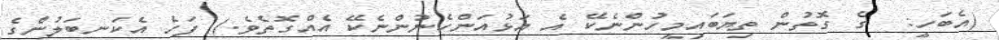
(އެބަހީ:  ގެ ގޮތުން ތިޔަބައިމީހުންނެކޭ އެ އަޅުއަންހެނުންނެކޭ އެއްގޮތެވެ.) ފަހެ އެކަނބަލުންގެ